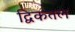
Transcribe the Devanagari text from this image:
द्विकतल